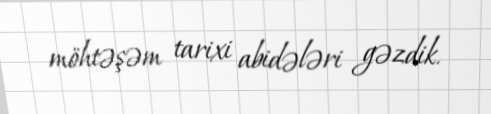
möhtəşəm tarixi abidələri gəzdik.